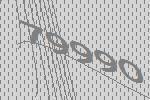
79990